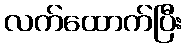
လက်ထောက်ပြီး